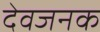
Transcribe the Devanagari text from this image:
देवजनक